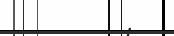
: